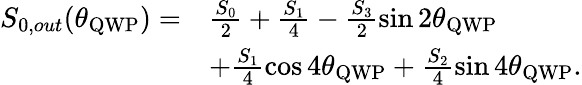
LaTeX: \begin{array}{rl}{S_{0,out}(\theta_{\mathrm{QWP}})=}&{\frac{S_{0}}{2}+\frac{S_{1}}{4}-\frac{S_{3}}{2}\sin{2\theta_{\mathrm{QWP}}}}\\ &{+\frac{S_{1}}{4}\cos{4\theta_{\mathrm{QWP}}}+\frac{S_{2}}{4}\sin{4\theta_{\mathrm{QWP}}}.}\end{array}